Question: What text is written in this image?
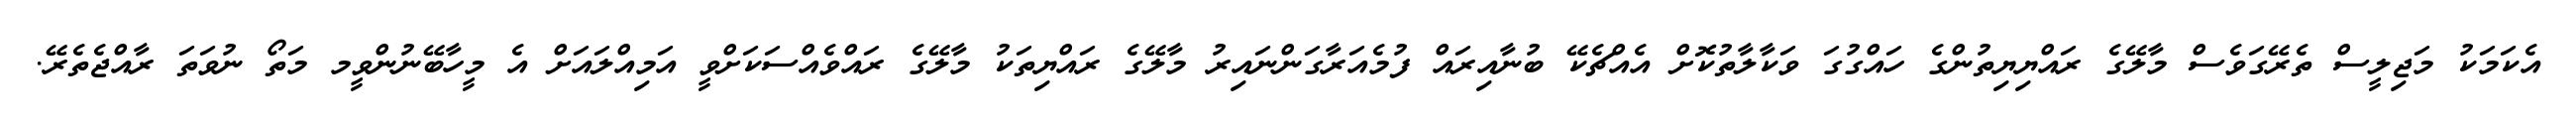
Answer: އެކަމަކު މަޖިލީސް ތެރޭގަވެސް މާލޭގެ ރައްޔިޔިތުންގެ ހައްގުގަ ވަކާލާތުކޮށް އެއްޗެކޭ ބުނާއިރައް ފުމެއަރާގަންނައިރު މާލޭގެ ރައްޔިތަކު މާލޭގެ ރައްވެއްސަކަށްވީ އަމިއްލައަށް އެ މީހާބޭނުންވީމ މަތޯ ނުވަތަ ރާއްޖެތެރޭ.